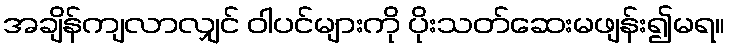
အချိန်ကျလာလျှင် ဝါပင်များကို ပိုးသတ်ဆေးမဖျန်း၍မရ။